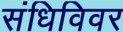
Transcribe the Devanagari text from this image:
संधिविवर